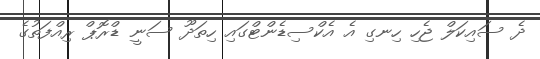
ދެ ސައިކަލް ޖެހި ހިނގި އެ އެކްސިޑެންޓްގައި ހިތަދޫ ސަނީ ޑްރޮޕް ރިއްފަތުގެ